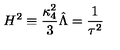
H ^ { 2 } \equiv \frac { \kappa _ { 4 } ^ { 2 } } { 3 } \hat { \Lambda } = \frac { 1 } { \tau ^ { 2 } }